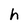
Character: h